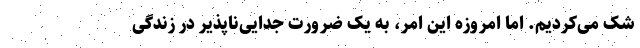
شک می‌کردیم. اما امروزه این امر، به یک ضرورت جدایی‌ناپذیر در زندگی